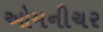
ઓમનીચર